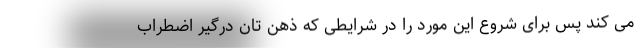
می کند پس برای شروع این مورد را در شرایطی که ذهن تان درگیر اضطراب